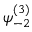
\psi _ { - 2 } ^ { ( 3 ) }